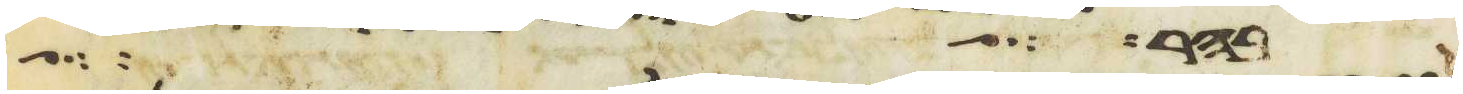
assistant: אבה לשלחם